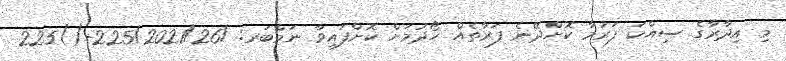
މި އިދާރާގެ ސިއްކަ ފަރުމާ ކޮށްދޭނެ ފަރާތެއް ހޯދުމަށް ކޮށްފައިވާ ނަމްބަރ: /225/2021/26-()225